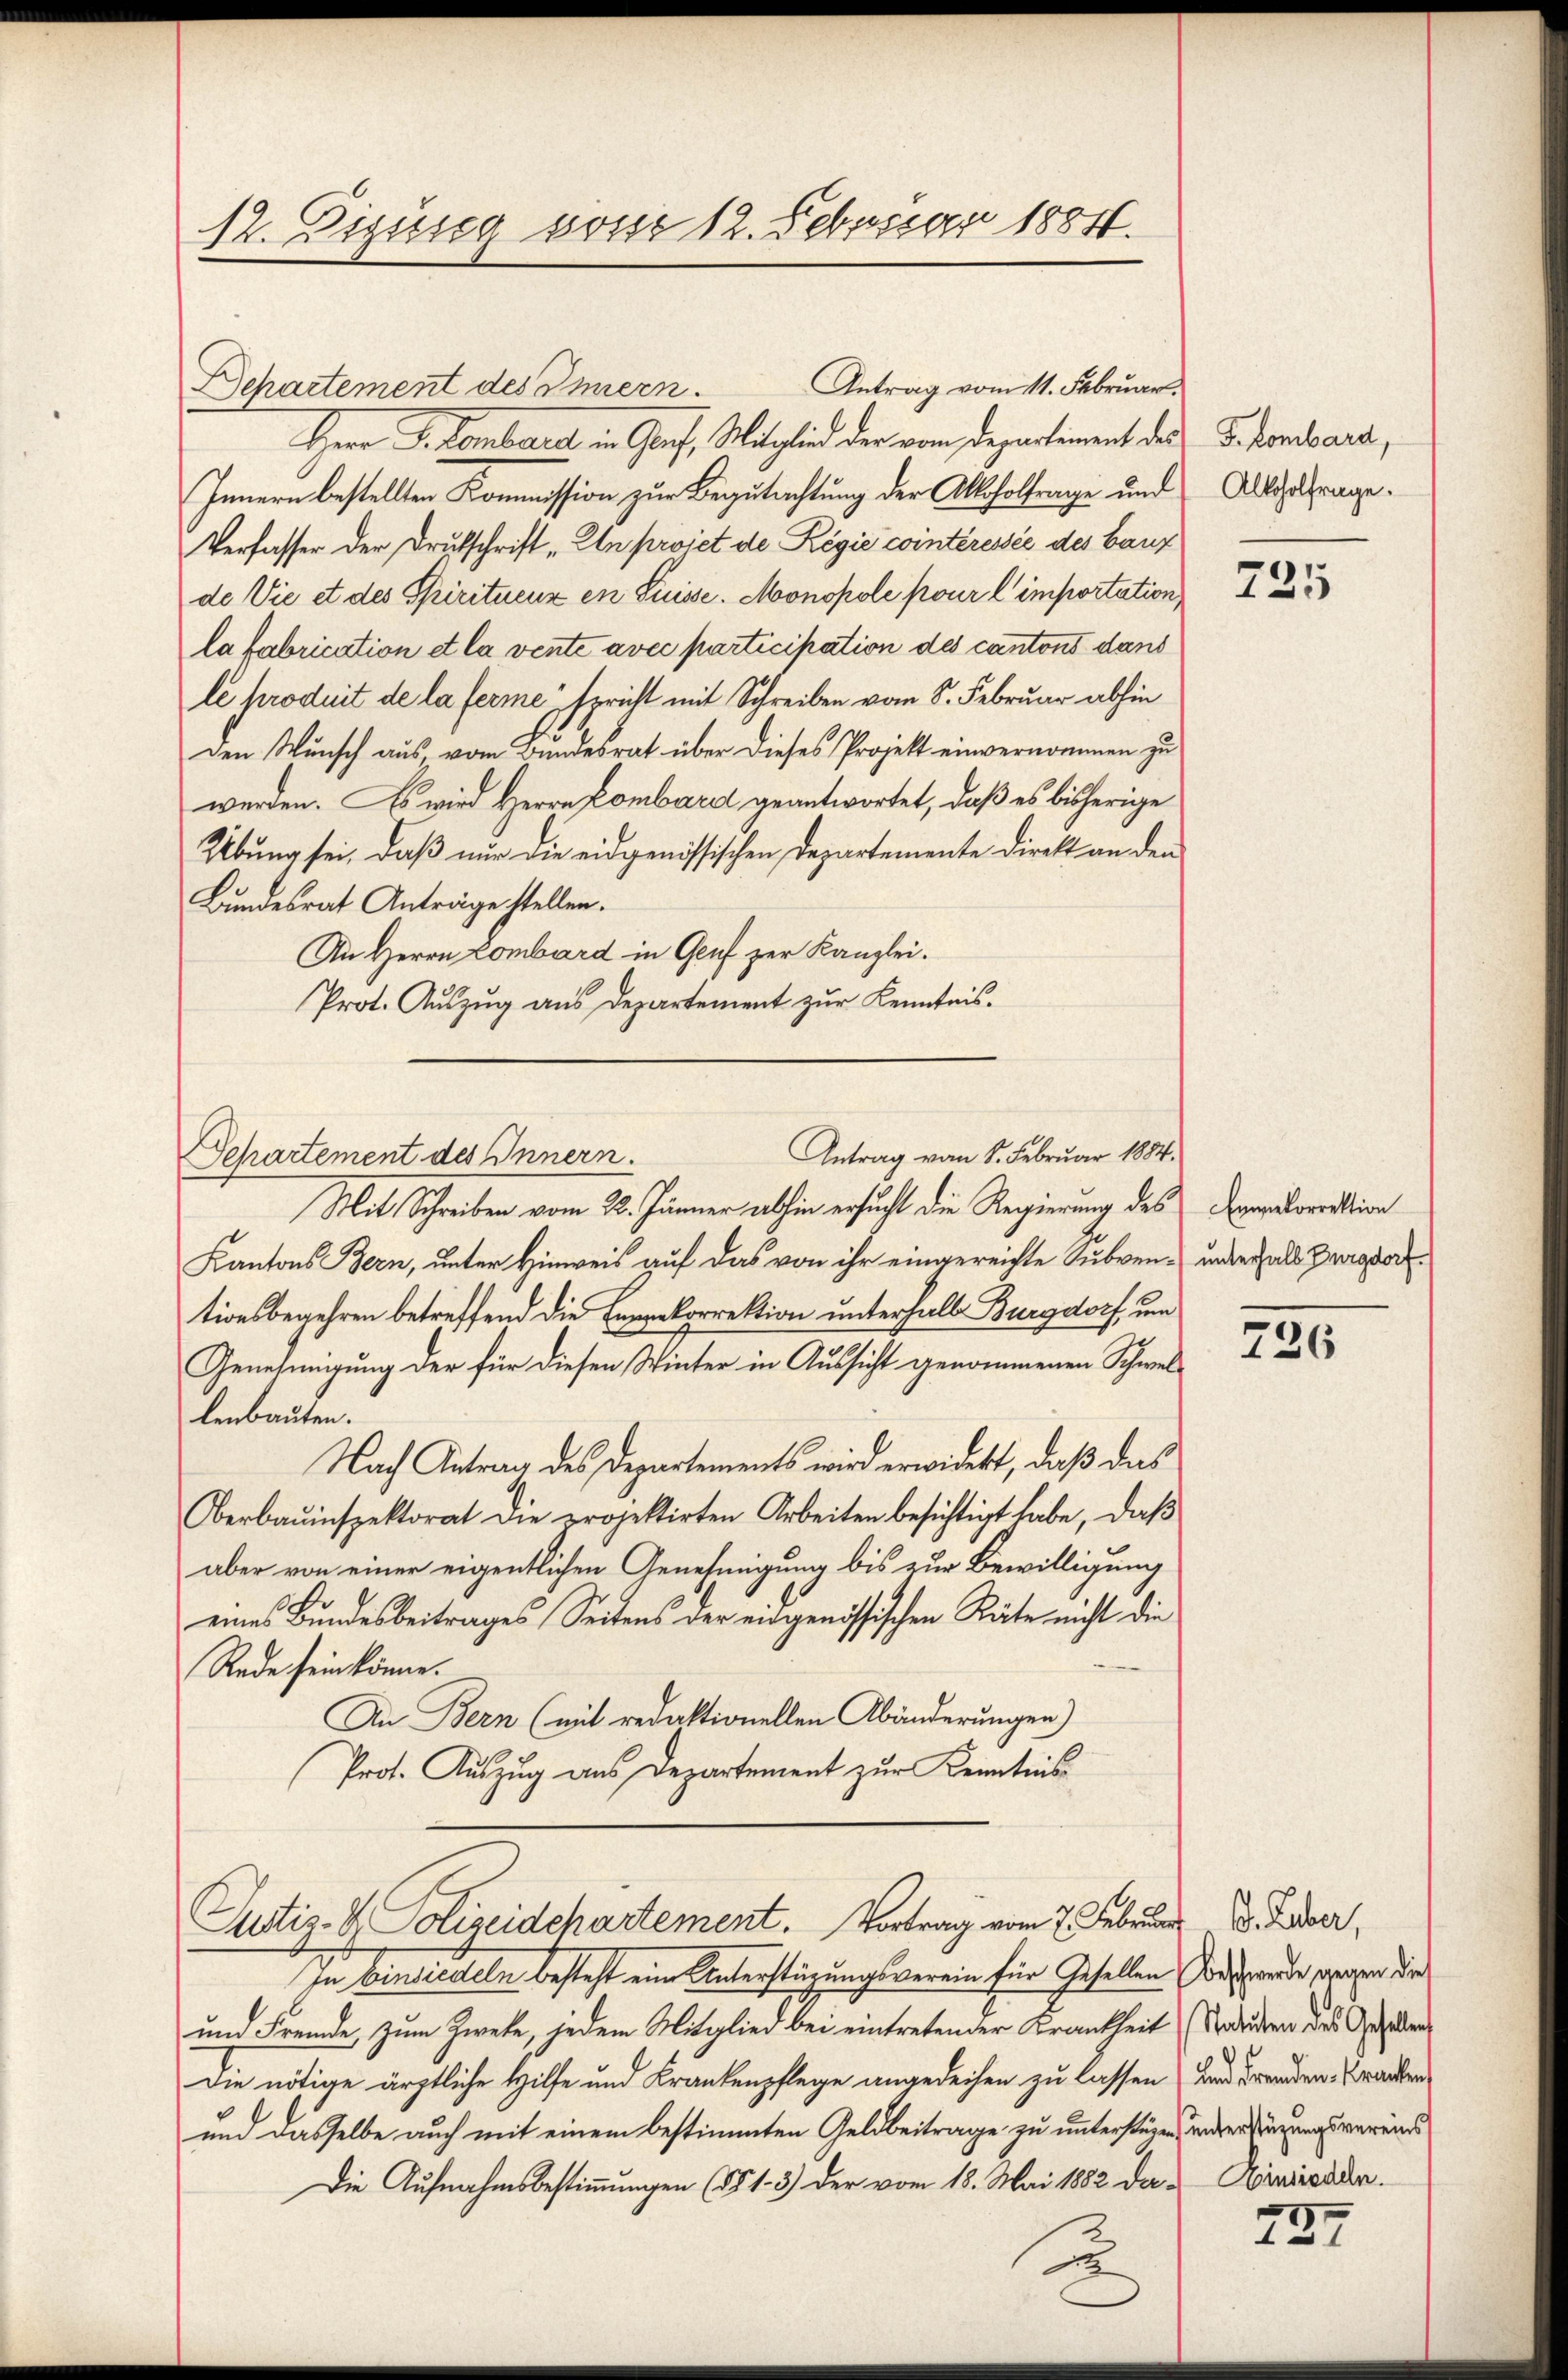
12. Eizung vom 12. Februar 1884.

Departement des Innern.
Herr J. Bombare in Genf, Mitglied der vom Departement des
Innern bestellten Kommission zur Begutachtung der Alkoholfrage und
Verfasser der Drutschrift „An projet de Regie cointéressée des Bauz
de Vie et des Spiritueux en Suisse. Monopole pour l’importation,
la fabrication et la vente avec participation des cantons dans
le produit de la ferme spricht mit Schreiben vom 8. Februar abhin
den Wunsch aus, vom Bundesrat über dieses Projekt einvernommen zu
werden. Es wird Herrn Pombard geantwortet, daß es bisherige
Übung sei, daß nur die eidgenössischen Departemente Direkt an den
Bundesrat Anträge stellen.
An Herrn Lombard in Genf zur Kanzlei.
Prot. Auszug aus Departement zur Kenntnis¬
Mit Schreiben vom 22. Jänner abhin ersucht die Regierung des
Kantons Bern, unter Hinweis auf das von ihr eingereichte Subventionsbegehren betreffend die korrektion unterhalb Burgdorf, um
Genehmigung der für diesen Winter in Aussicht genommenen Schwel-
lenbauten.
Nach Antrag des Departements wird erwidert, daß das
Oberbauinspektorat die projektirten Arbeiten besichtigt habe, daβ
aber von einer eigentlichen Genehmigung bis zur Bewilligung
eines Bundesbeitrages Seitens der eidgenössischen Räte nicht die
Rede sein könne.
An Bern (mit redaktionellen Abänderungen)
Prof. Auszug aus Departement zur Kenntnis
Justiz- & Polizeidchartement. Vortrag vom 7. Februar
In Einsierteln besteht eine Unterstüzungsverein für Gesellen suspende, gegen die
und Fremde, zum Zweke, jedem Mitglied bei eintretender Krankheit (Vordenden des Geselben
Die nötige ärztliche Hilfe und Krankenpflege angedeihen zu lassen) und Fremden Franken
und dasselbe auch mit einem bestimmten Geldbeitrage zu unterstüzen, unterdingungsvereins
Die Aufnahmsbestimmungen (§§ 13) der vom 18. Mai 1882 da¬
u

Antrag vom 11. Februar.

Antrag vom 8. Februar 1884.
Departement des Innern.

F. kombard,
Alkoholfrage.

725

Emmkorrektion
unterhalb Burgdorf.

726

O. Huber,
Einsiedeln.

737